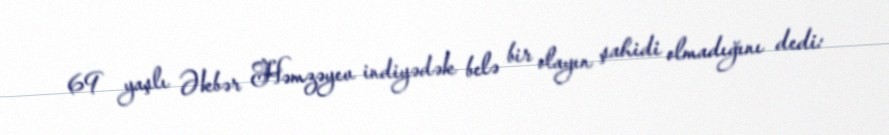
69 yaşlı Əkbər Həmzəyev indiyədək belə bir olayın şahidi olmadığını dedi: